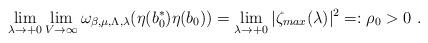
LaTeX: \begin{align*}\lim_{\lambda \to +0} \lim_{V \to \infty} \omega_{\beta,\mu,\Lambda,\lambda}(\eta(b_{{0}}^{*})\eta(b_{{0}}))= \lim_{\lambda \to +0} |\zeta_{max}(\lambda)|^{2} =: \rho_{{0}} > 0 \ .\end{align*}